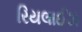
રિયલાઈઝ